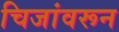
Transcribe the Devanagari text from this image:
चिजांवरून